Vaccination United Provinces of Agra and Oudh 1914-1922 - 1914-1922
Year: 1914
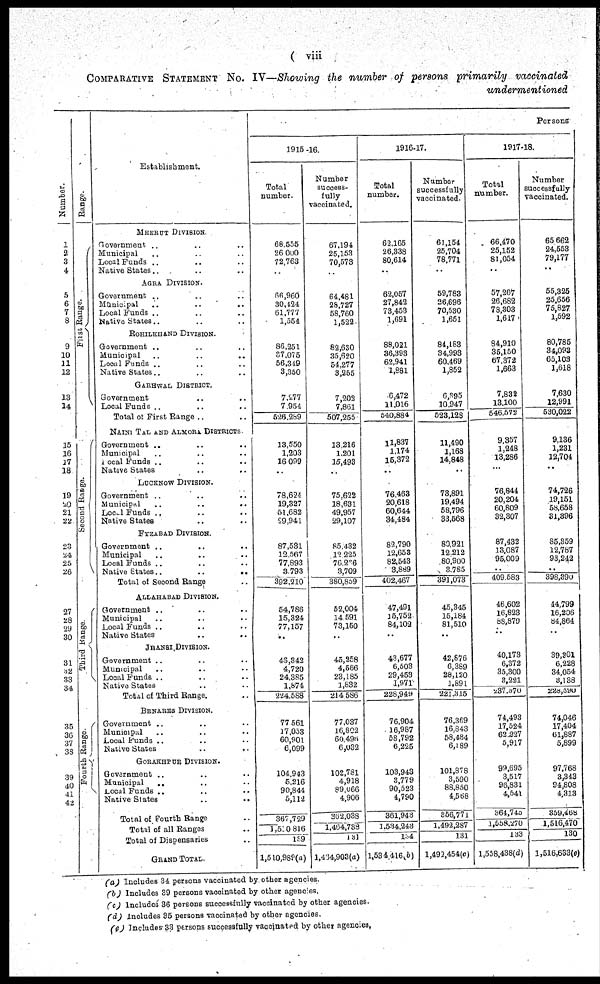
( viii )
COMPARATIVE STATEMENT No. IV—Showing the number of persons primarily vaccinated
undermentioned
Number.
1
2
3
4
5
6
7
8
9
10
11
12
13
14
15
16
17
18
19
20
21
22
23
24
25
26
27
28
29
30
31
32
33
34
35
36
37
38
39
40
41
42
Range.
First Range.
Second Range.
Third Range.
Fourth Range.
Establishment.
MEERUT DIVISION.
Government .. .. ..
Municipal .. .. ..
Local Funds .. .. ..
Native States .. .. ..
AGRA DIVISION.
Government .. .. ..
Municipal .. .. ..
Local Funds .. .. ..
Native States .. .. ..
ROHILKHAND DIVISION.
Government .. .. ..
Municipal .. .. ..
Local Funds .. .. ..
Native States .. .. ..
GARHWAL DISTRICT.
Government
.. .. ..
Local Funds .. .. ..
Total of First Range ..
NAINI TAL AND ALMORA DISTRICTS.
Government .. .. ..
Municipal .. .. ..
Local Funds .. .. ..
Native States .. .. ..
LUCKNOW DIVISION.
Government .. .. ..
Municipal .. .. ..
Local Funds .. .. ..
Native States .. .. ..
FYZABAD DIVISION.
Government ..
.. ..
Municipal .. .. ..
Local Funds .. .. ..
Native States..
..
..
Total of Second Range ..
ALLAHABAD DIVISION.
Government .. .. ..
Municipal .. .. ..
Local Funds .. .. ..
Native States .. .. ..
JHANSI DIVISION.
Government .. .. ..
Municipal .. .. ..
Local Funds .. .. ..
Native States .. .. ..
Total of Third Range. ..
BENARES DIVISION.
Government .. .. ..
Municipal .. .. ..
Local Funds .. .. ..
Native States
..
.. ..
GORAKHPUR DIVISION.
Government .. .. ..
Municipal .. .. ..
Local Funds .. .. ..
Native States
..
.. ..
Total of Fourth Range ..
Total of all Ranges ..
Total of Dispensaries ..
GRAND TOTAL. ..
Persons
1915 -16.
Total
number.
68,555
26,000
72,763
..
66,960
30,424
61,777
1,554
86,251
37,075
56,349
3,350
7,277
7,954
526,289
13,550
1,203
16,099
..
78,624
19,327
51,682
29,941
87,531
12,567
77,893
3,793
392,210
54,786
15,324
77,157
..
46,342
4,720
24,385
1,874
224,588
77,561
17,053
60,901
6,099
104,943
5,216
90,844
5,112
367,729
1,510,816
139
1,510,989(a)
Number
success-
fully
vaccinated.
67,194
25,153
70,573
..
64,481
28,727
58,760
1,522
82,630
35,620
54,277
3,255
7,202
7,861
507,255
13,216
1,201
15,493
..
75,622
18,631
49,957
29,107
85,432
12,225
76,266
3,709
380,859
52,004
14,591
73,150
..
45,258
4,566
23,185
1,832
214,586
77,037
16,802
60,496
6,032
102,781
4,918
89,066
4,906
362,038
1,464,738
131
l,464,903(a)
1916-17.
Total
number.
62,165
26,338
80,614
..
62,057
27,842
73,453
1,691
88,021
36,393
62,941
1,881
6,472
11,016
540,884
11,837
1,174
15,372
..
76,463
20,618
60,644
34,484
82,790
12,653
82,543
3,889
402,467
47,491
15,752
84,102
..
43,677
6,503
29,453
1,971
228,949
76,904
16,987
58,792
6,225
103,943
3,779
90,523
4,790
361,943
1,534,243
154
1,534,416(b)
Number
successfully
vaccinated.
61,154
25,704
78,771
..
59,783
26,696
70,530
1,651
84,183
34,993
60,469
1,852
6,395
10,947
523,128
11,490
1,168
14,848
..
73,891
19,494
58,796
33,568
80,921
12,212
80,900
3,785
391,073
45,345
15,184
81,510
..
42,876
6,389
28,120
1,891
221,315
76,369
16,843
58,484
6,189
101,878
3,590
88,850
4,568
356,771
1,492,287
131
l,492,454(c)
1917-18.
Total
number.
66,470
25,152
81,054
..
57,267
26,682
78,303
1,617
84,910
35,150
67,372
1,663
7,832
13,100
546,572
9,357
1,248
13,286
...
76,844
20,204
60,809
32,307
87,432
13,087
95,009
..
409,583
46,602
16,823
88,879
..
40,173
6,372
35,300
3,221
237,370
74,493
17,524
62,227
5,917
99,695
3,517
96,831
4,541
364,745
1,558.270
133
1,558,438(d)
Number
successfully
vaccinated.
65,662
24,553
79,177
..
55,325
25,656
75,827
1,592
80,785
34,093
65,103
1,618
7,630
12,991
530,022
9,136
1,231
12,704
..
74,726
19,151
58,658
31,396
85,359
12,787
93,242
..
398,390
44,799
16,206
84,864
..
39,301
6,228
34,054
3,138
228,590
74,046
17,404
61,887
5,899
97,768
3,343
94,808
4,313
359,468
1,516,470
130
1,516,633(e)
(a) Includes 34 persons vaccinated by other agencies.
(b) Includes 39 persons vaccinated by other agencies.
(c) Includes 36 persons successfully vaccinated by other agencies.
(d) Includes 35 persons vaccinated by other agencies.
(e) Includes 33 persons successfully vaccinated by other agencies.